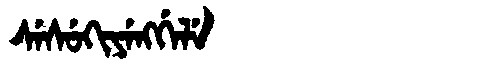
Manchu: ᠰᡝᠰᡠᡴᡳᠶᡝᠩᡤᡝᠯᡝ
Romanization: SESUKIYENGGELE